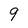
Character: 9